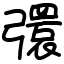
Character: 彋